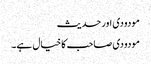
مودودی اور حدیث
مودودی صاحب کا خیال ہے۔